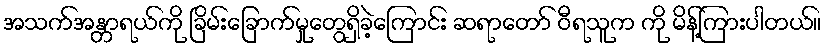
အသက်အန္တာရယ်ကို ခြိမ်းခြောက်မှုတွေရှိခဲ့ကြောင်း ဆရာတော် ဝီရသူက ကို မိန့်ကြားပါတယ်။